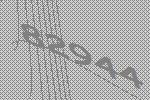
82944